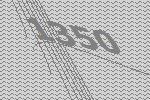
1350